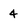
Character: 4